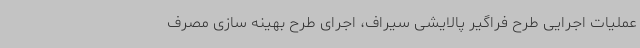
عملیات اجرایی طرح فراگیر پالایشی سیراف، ‌اجرای طرح بهینه سازی مصرف